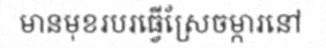
មានមុខរបរធ្វើស្រែចម្ការនៅ